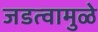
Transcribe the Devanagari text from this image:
जडत्वामुळे